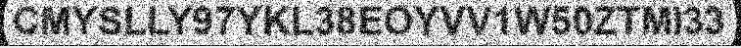
CMYSLLY97YKL38EOYVV1W50ZTMI33